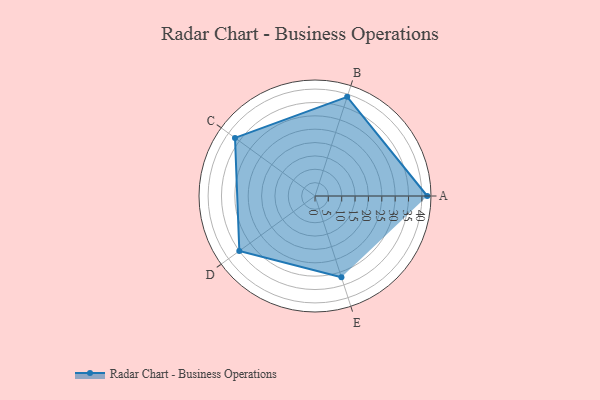
{"axis": {"x": "Skill", "y": "Score"}, "legend": ["Profile"], "data": [{"x": "A", "y": 42.0, "type": "Profile"}, {"x": "B", "y": 39.0, "type": "Profile"}, {"x": "C", "y": 37.0, "type": "Profile"}, {"x": "D", "y": 35.0, "type": "Profile"}, {"x": "E", "y": 32.0, "type": "Profile"}]}